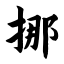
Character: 挪